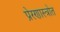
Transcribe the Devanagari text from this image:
प्रेरणास्‍त्रोत